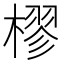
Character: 樛